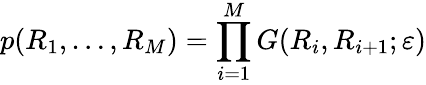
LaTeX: p(R_{1},\ldots,R_{M})=\prod_{i=1}^{M}G(R_{i},R_{i+1};\varepsilon)